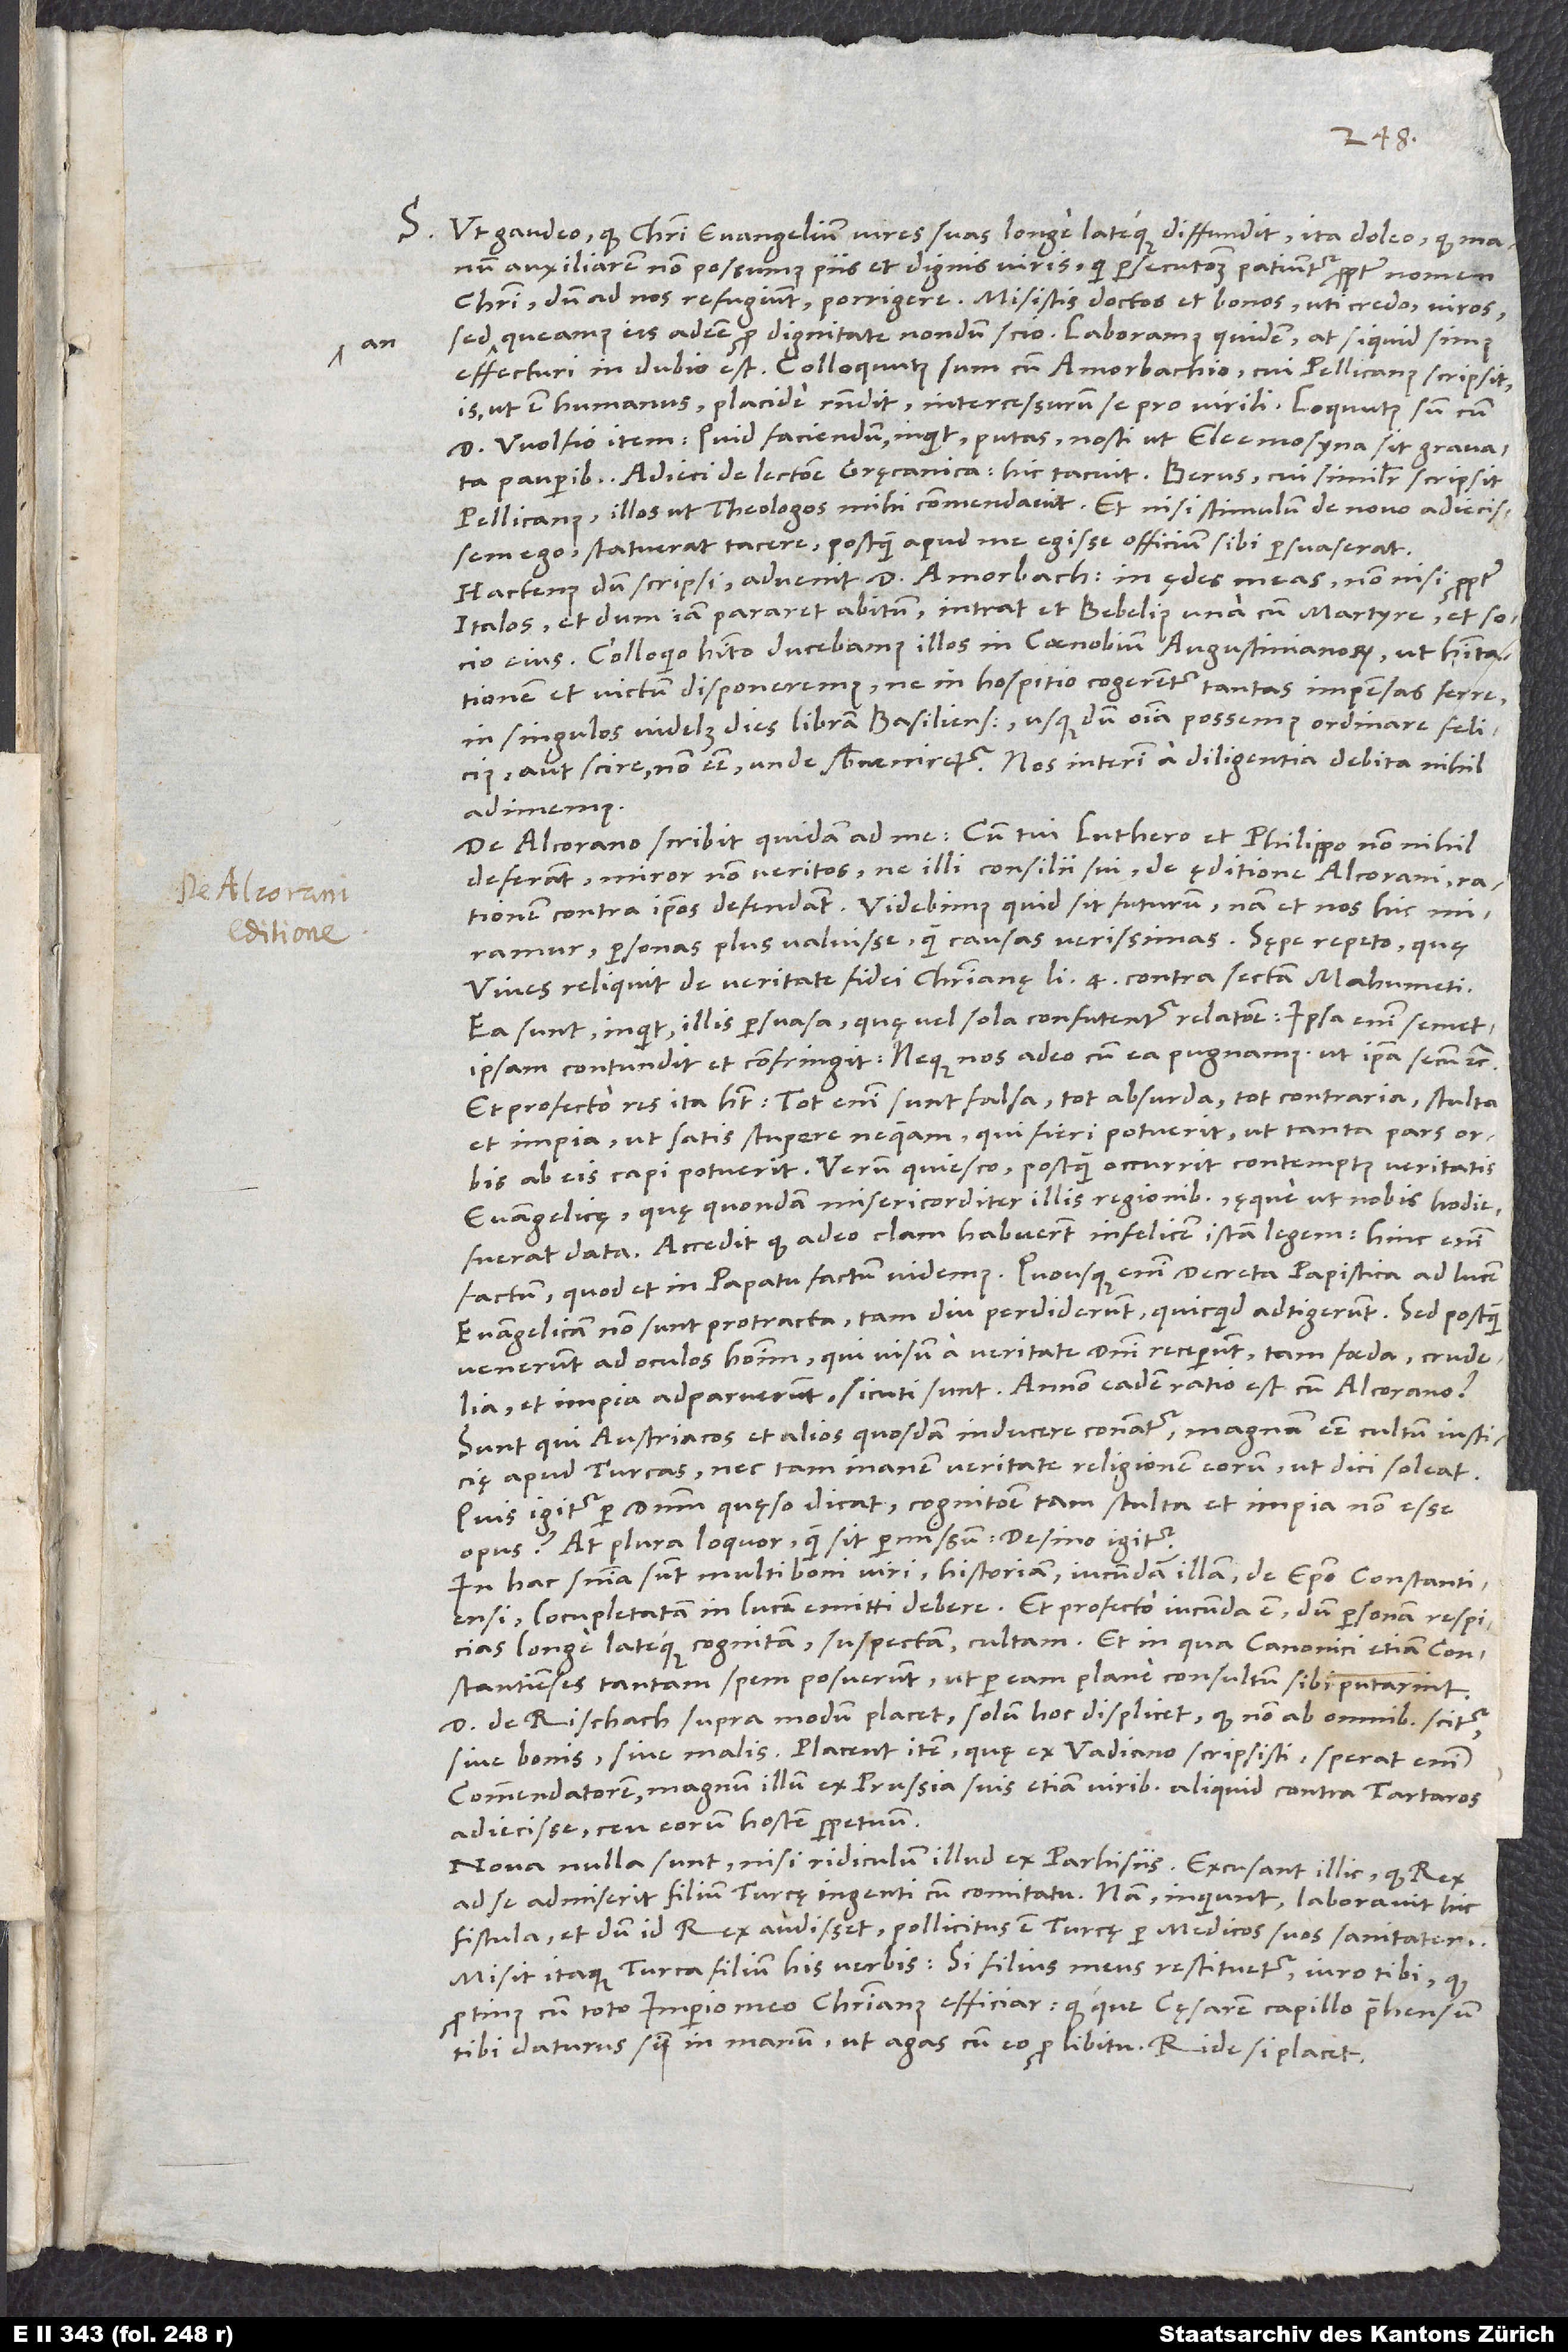
an

S. Ut gaudeo, quod Christi evangelium vires suas longe lateque diffundit, ita doleo, quod manum
auxiliarem non possumus piis et dignis viris, qui persecutionem patiuntur propter nomen
queamus iis adesse pro dignitate, nondum scio. Laboramus quidem, at siquid simus
effecturi, in dubio est. Colloquutus sum cum Amorbachio, cui Pellicanus scripsit;
is, ut est humanus, placide respondit intercessurum se pro virili. Loquutus sum cum
d Wolfio item. „Quid faciendum“, inquit, „putas? Nosti, ut eleemosyna sit gravata
pauperibus.“ Adieci de lectione Gręcanica; hic tacuit. Berus, cui similiter scripsit
Pellicanus, illos ut theologos mihi commendavit. Et nisi stimulum de novo adiecissem
ego, statuerat tacere, postquam apud me egisse officium sibi persuaserat.
Hactenus dum scripsi, advenit d. Amorbachius in ędes meas nonnisi propter
Italos, et dum iam pararet abitum, intrat et Bebelius una cum Martyre et socio
eius. Colloquio habito ducebamus illos in coenobium Augustinianorum, ut habitationem
et victum disponeremus, ne in hospitio cogerentur tantas impensas ferre,
in singulos videlicet dies libram Basiliensem, usque dum omnia possemus ordinare felicius
adimemus.
De Alcorano scribit quidam ad me: „Cum tui Luthero et Philippo nonnihil
deferant, miror non veritos, ne illi consilii sui de ęditione Alcorani
contra ipsos defendant.“ Videbimus, quid sit futurum; nam et nos miramur
personas plus valuisse quam causas verissimas. Sępe repeto, quę
Vives reliquit De veritate fidei christianę libro 4. contra sectam Mahumeti.
„Ea sunt“, inquit, „illis persuasa, quę vel sola confutentur relatione; ipsa enim semetipsam
contundit et confringit, neque nos adeo cum ea pugnamus ut ipsa secum“ etc.
Et profecto res ita habet; tot enim sunt falsa, tot absurda, tot contraria, stulta
et impia, ut satis stupere nequeam, qui fieri potuerit, ut tanta pars orbis
ab eis capi potuerit. Verum quiesco, postquam occurrit contemptus veritatis
evangelicę, quę quondam misericorditer illis regionibus ęque ut nobis hodie
fuerat data. Accedit, quod adeo clam habuerunt infelicem istam legem; hinc enim
evangelicam non sunt protracta, tam diu perdiderunt, quicquid adtigerunt. Sed postquam
venerunt ad oculos hominum, qui visum a veritate domini receperunt, tam foeda, crudelia
et impia adparuerunt, sicuti sunt. Annon eadem ratio est cum Alcorano?
Sunt, qui Austriacos et alios quosdam inducere conantur magnum esse cultum iusticię
apud Turcas nec tam inanem veritate religionem eorum, ut dici soleat.
Quis igitur, per dominum quęso, dicat cognitione tam stulta et impia non esse
opus? At plura loquor, quam sit permissum. Desino igitur.
In hac sententia sunt multi boni viri historiam iucundam illam de episcopo Constantiensi
completatam in lucem emitti debere. Et profecto iucunda est, dum personam respicias
longe lateque cognitam, suspectam, cultam, et in qua canonici etiam Constantienses
tantam spem posuerunt, ut per eam plane consultum sibi putarint.
D de Rischach supra modum placet; solum hoc displicet, quod non ab omnibus scitur
sive bonis sive malis. Placent item, quę a Vadiano scripsisti; sperat enim
commendatorem magnum illum ex Prussia suis etiam viribus aliquid contra Tartaros
adiecisse ceu eorum hostem perpetuum.
Nova nulla sunt nisi ridiculum illud ex Parhisiis. Excusant illic, quod rex
ad se admiserit filium Turcę ingenti cum comitatu. Nam, inquiunt, laboravit hic
fistula, et dum id rex audisset, pollicitus est Turcę per medicos suos sanitatem.
Misit itaque Turca filium his verbis: „Si filius meus restituetur, iuro tibi, quod
protinus cum toto imperio meo christianus efficiar quodque cęsarem capillo prehensum
tibi daturus sum in manum, ut agas cum eo pro libitu.“ Ride, si placet.